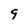
Character: 9